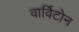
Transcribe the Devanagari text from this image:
वार्विटोन